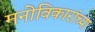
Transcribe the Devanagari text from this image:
मनोविकारांच्या